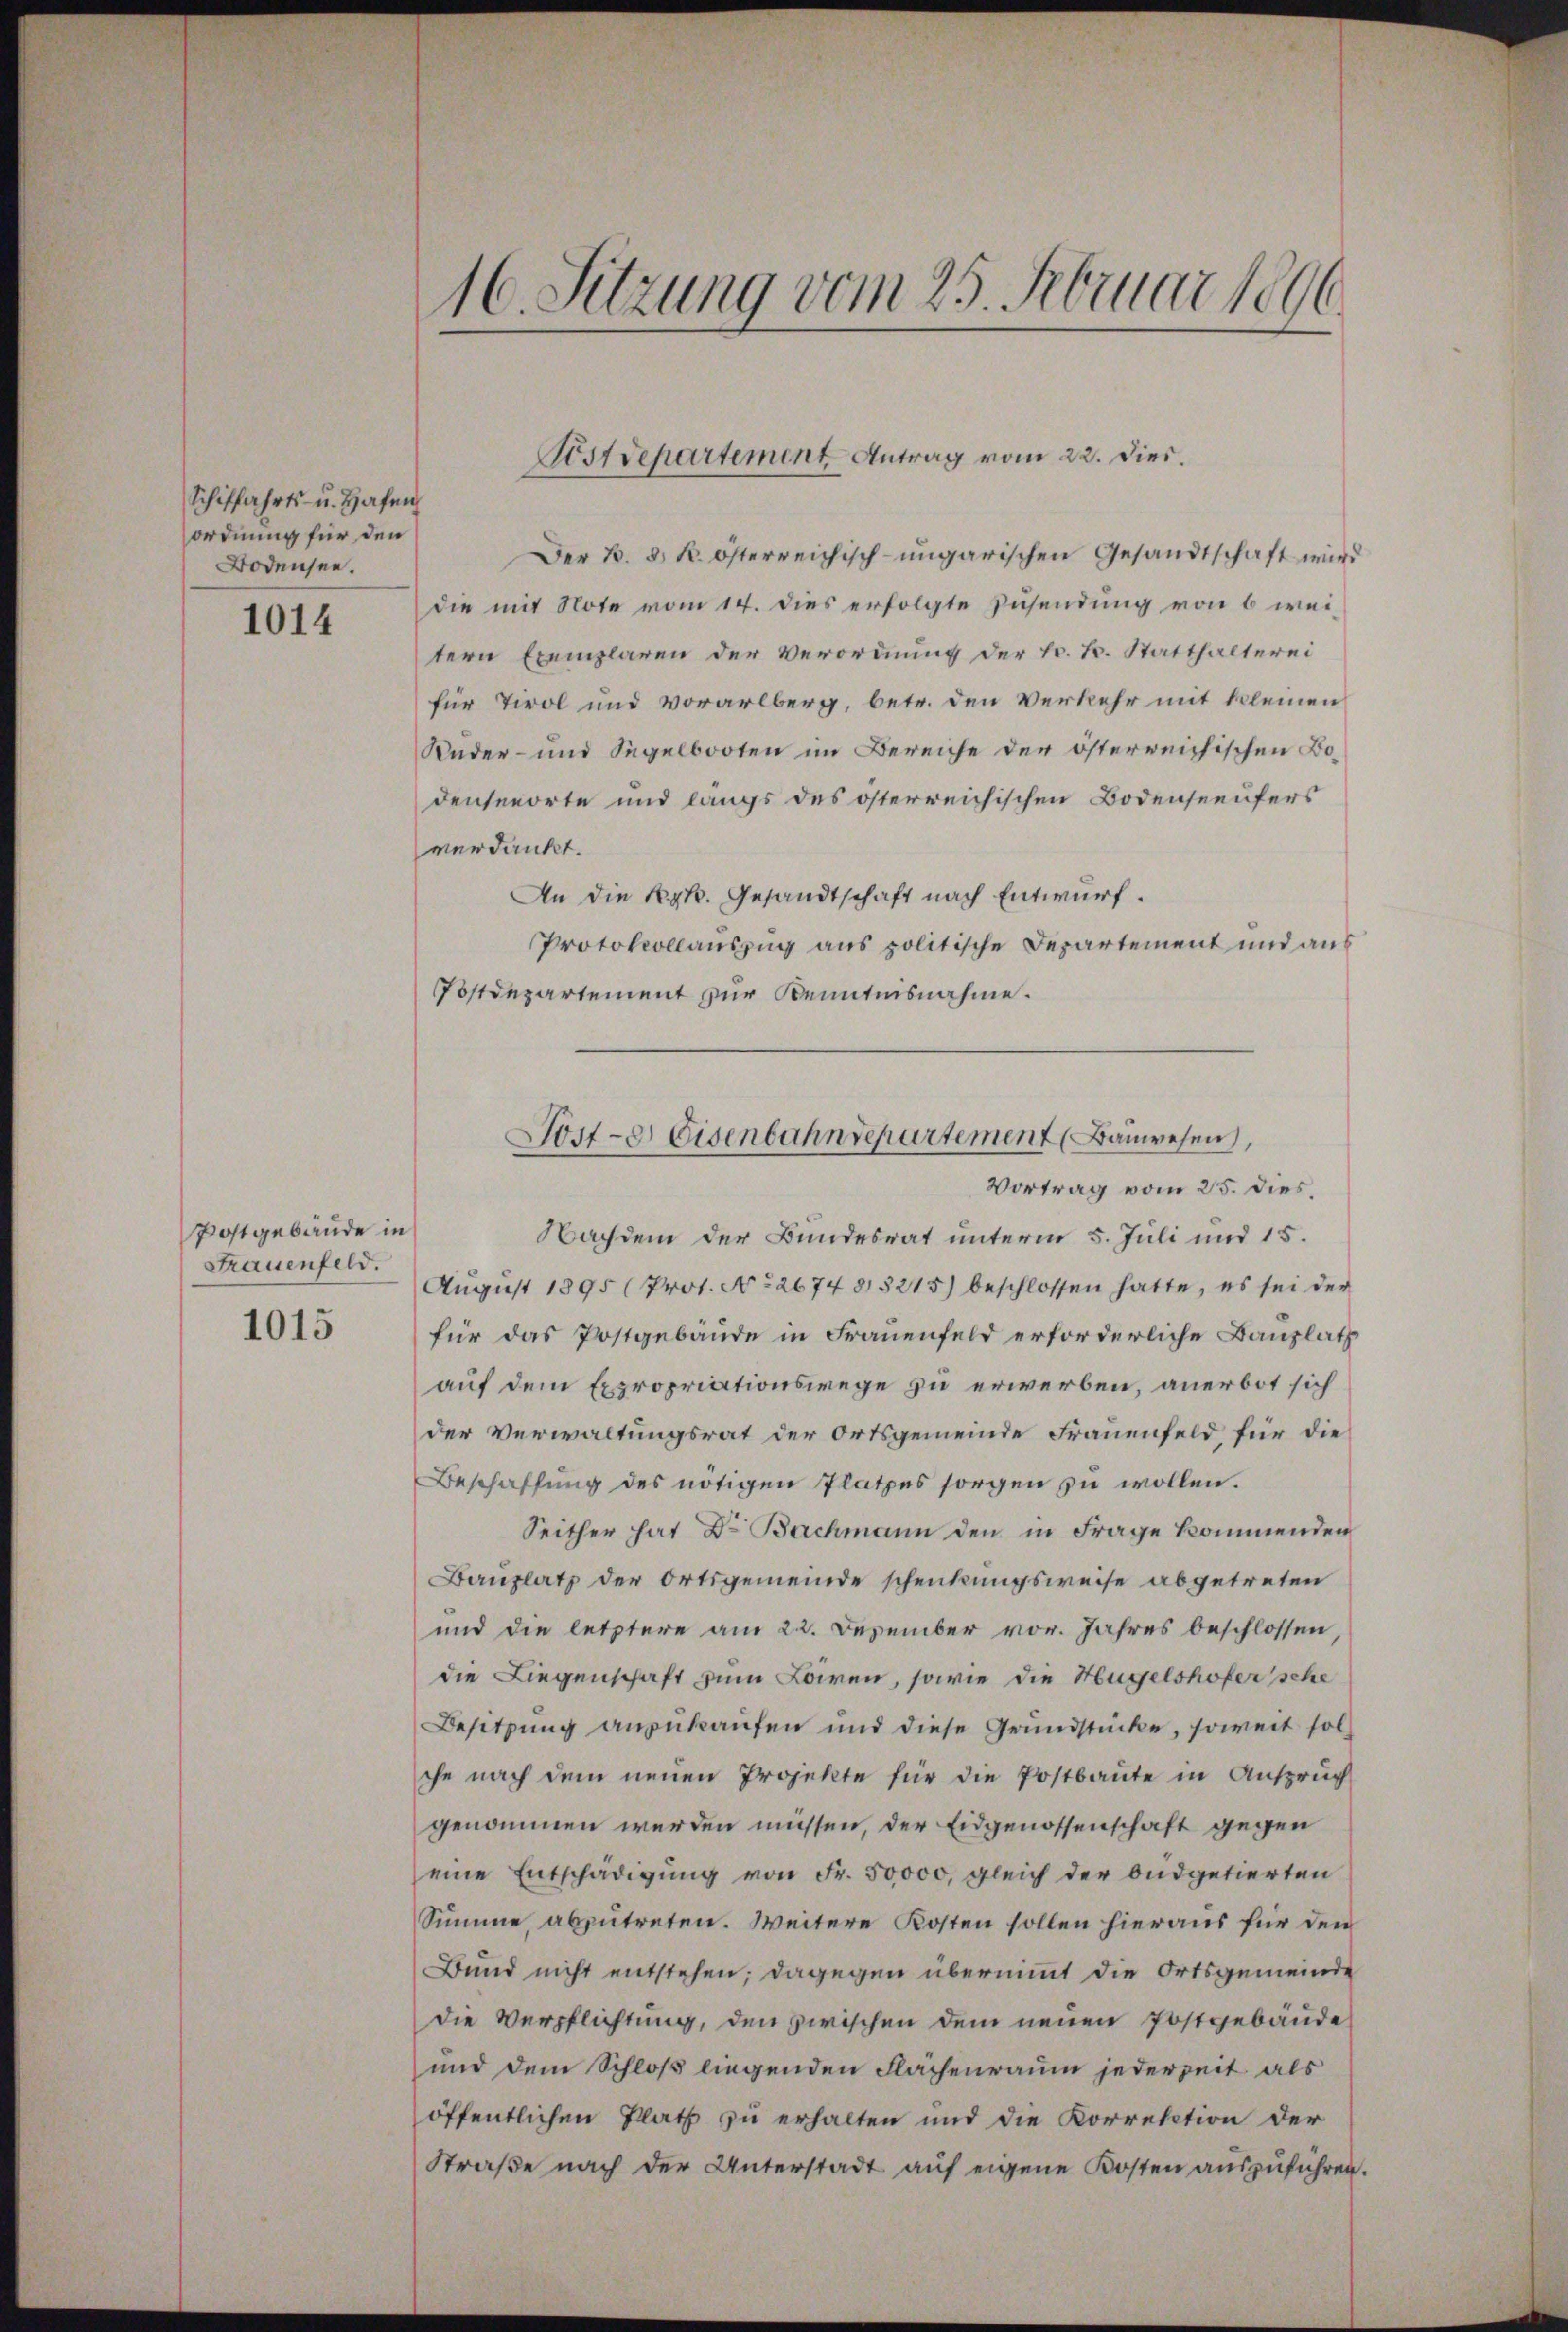
Schiffahrts- u. Hafen
ordnung für den
Bodensee.

1014

Postgebäude in
Frauenfeld.

1015

16. Sitzung vom 25. Februar 1896.

Der B. 3. k. österreichisch-ungarischen Gesandtschaft wird
die mit Note vom 14. dies erfolgte Zusendung von 6 weitern Exemplaren der Verordnung der Hr. L. Statthalterei
für Tirol und Vorarlberg, betr. den Verkehr mit kleinen
Ruder- und Segelbooten im Bereiche der österreichischen Bodensenorte und langs des österreichischen Bodenseeufers
verdankt.
An die Ryk. Gesandtschaft nach Entwurf.
Protokollauszug aus politische Departement und aus
Postdepartement zur Kenntnisnahme.
Nachdem der Bundesrat unterm 5. Juli und 15.
August 1895 (Prot. No 2674 813215) beschlossen hatte, es sei der
für das Postgebäude in Frauenfeld erforderliche Bauplatz
auf dem Expropriationswege zu erwerben, anerbot sich
der Verwaltungsrat der Ortsgemeinde Frauenfeld, für die
Beschaffung des nötigen Platzes sorgen zu wollen.
Seither hat Dr Bachmann den in Frage kommenden
Bauplatz der Ortsgemeinde schenkungsweise abgetreten
und die letztere am 22. Dezember vor. Jahres beschlossen,
die Liegenschaft zum Loren, sowie die Hügelshofer sche
Besitzung anzukaufen und diese Grundstücke, soweit solche nach dem neuen Projekte für die Postbaute in Anspruch
genommen werden müssen, der Eidgenossenschaft gegen
eine Entschädigung von Fr. 50,000, gleich der büdgetierten
Summe, abzutreten. Weitere Kosten sollen hieraus für den
Bund nicht entstehen; dagegen übernimmt die Ortsgemeinde
die Verpflichtung, den zwischen dem neuen Postgebäude
und dem Schloß liegenden Flächenraum jederzeit als
öffentlichen Platz zu erhalten und die Korrektion der
Straße nach der Unterstadt auf eigene Kosten auszuführen.

Sistdepartement Antrag vom 22. Dies.

Jost- & Eisenbahndepartement (Bauwesen,
Vortrag vom 25. dies.